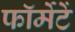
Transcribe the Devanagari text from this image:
फॉर्मेटें